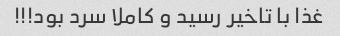
غذا با تاخیر رسید و کاملا سرد بود!!!